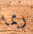
ربما